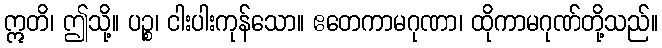
ဣတိ၊ ဤသို့။ ပဉ္စ၊ ငါးပါးကုန်သော။ ဧတေကာမဂုဏာ၊ ထိုကာမဂုဏ်တို့သည်။